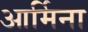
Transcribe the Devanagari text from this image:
आर्मिना